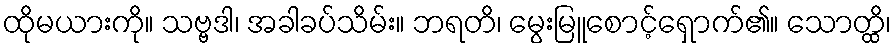
ထိုမယားကို။ သဗ္ဗဒါ၊ အခါခပ်သိမ်း။ ဘရတိ၊ မွေးမြူစောင့်ရှောက်၏။ သောတ္ထိ၊